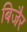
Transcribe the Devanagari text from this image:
बिजैर